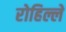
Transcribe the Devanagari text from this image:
रोहिल्ले